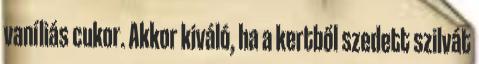
vaníliás cukor. Akkor kiváló, ha a kertből szedett szilvát